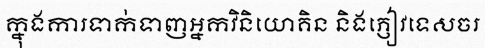
ក្នុងការទាក់ទាញអ្នកវិនិយោគិន និងភ្ញៀវទេសចរ